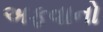
અફવાનો